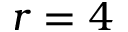
r = 4